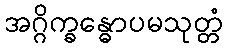
အဂ္ဂိက္ခန္ဓောပမသုတ္တံ